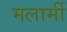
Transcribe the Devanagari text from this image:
मलार्मी